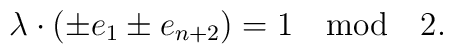
\lambda\cdot(\pm e_1\pm e_{n+2})=1\quad \mbox{mod} \quad  2.